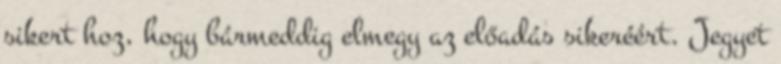
sikert hoz, hogy bármeddig elmegy az előadás sikeréért. Jegyet